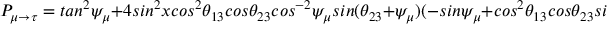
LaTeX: P _ { \mu \rightarrow \tau } = t a n ^ { 2 } \psi _ { \mu } + 4 s i n ^ { 2 } x c o s ^ { 2 } \theta _ { 1 3 } c o s \theta _ { 2 3 } c o s ^ { - 2 } \psi _ { \mu } s i n ( \theta _ { 2 3 } + \psi _ { \mu } ) ( - s i n \psi _ { \mu } + c o s ^ { 2 } \theta _ { 1 3 } c o s \theta _ { 2 3 } s i n ( \theta _ { 2 3 } + \psi _ { \mu } ) ) ,